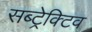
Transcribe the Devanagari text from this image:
सब्ट्रेक्टिव